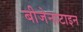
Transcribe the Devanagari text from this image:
बीजेनाटाइन